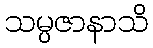
သမ္ပဇာနာသိ